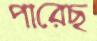
পারেছ